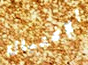
الإغتيال